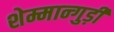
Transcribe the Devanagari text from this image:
शेम्मान्गुड़ी